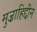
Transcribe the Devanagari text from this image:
मुज़ाहिद्दीन